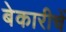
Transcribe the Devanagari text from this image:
बेकारीचें